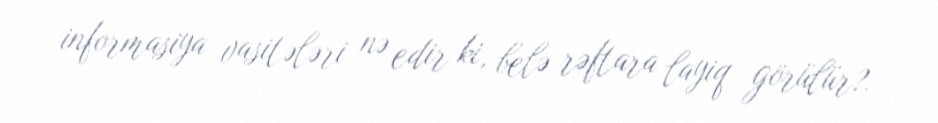
informasiya vasitələri nə edir ki, belə rəftara layiq görülür?.